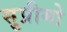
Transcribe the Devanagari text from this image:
सु्प्रीमो